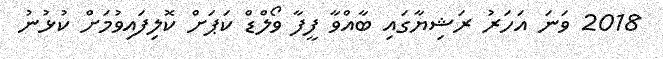
2018 ވަނަ އަހަރު ރަޝިޔާގައި ބާއްވާ ފީފާ ވޯލްޑް ކަޕަށް ކޮލިފައިވުމަށް ކުޅުނު